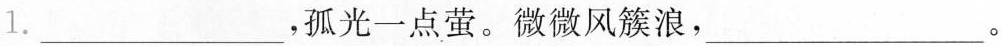
1.___，孤光一点萤。微微风簇浪，___。